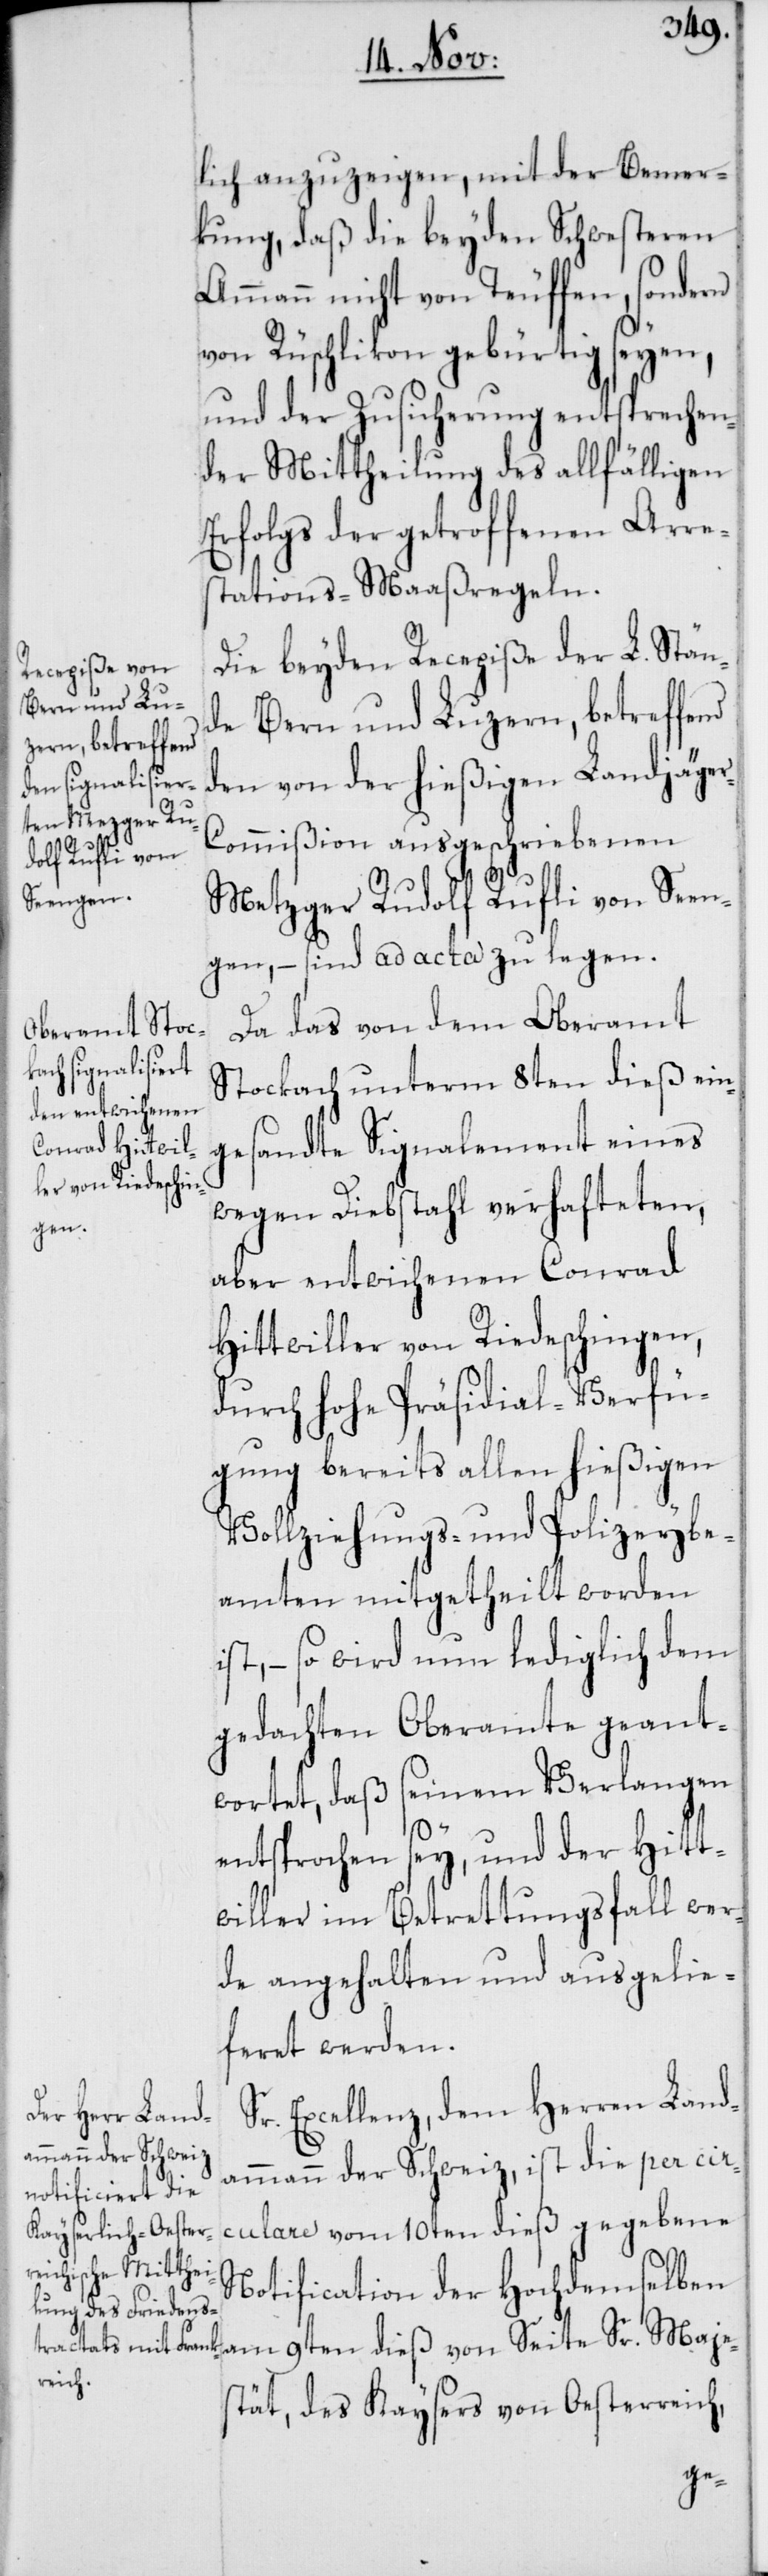
i¬

lich anzuzeigen, mit der Bemer¬
kung, daß die beyden Schwesteren
Ammann nicht von Teuffen, sondern
von Rüschlikon gebürtig seyen,
und der Zusicherung entsprechen¬
der Mittheilung des allfälligen
Erfolgs der getroffenen Arre¬
stations-Maaßregeln.
Die beyden Recepiße der L. Stän¬
de Bern und Luzern, betreffend
den von der hießigen Landjäge¬
r-Commißion ausgeschriebenen
Metzger Rudolf Rufli von Seen¬
gen, – sind ad acta zu legen.
Da das von dem Oberamt
Stockach unterm 8ten dieß ein¬
gesandte Signalement eines
wegen Diebstahl verhafteten,
aber entwichenen Conrad
Hittwiller von Riedeschingen,
durch hohe Präsidial-Verfü¬
gung bereits allen hießigen
Vollziehungs- und Polizeybe¬
amten mitgetheilt worden
st, – so wird nun lediglich dem
gedachten Oberamte geant¬
wortet, daß seinem Verlangen
entsprochen sey, und der Hitt¬
willer im Betrettungsfall wer¬
de angehalten und ausgelie¬
feret werden.
Sr. Excellenz, dem Herren Land¬
ammann der Schweiz, ist die per cir¬
culare vom 10ten dieß gegebene
Notification der Hochdemselben
am 9ten dieß von Seite Sr. Maje¬
stät, des Kaysers von Oesterreich,